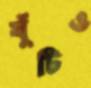
ঘুঁটিও